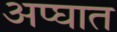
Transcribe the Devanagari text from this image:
अप्घात